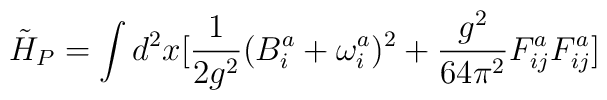
\tilde{H}_{P} = \int d^{2}x[\frac{1}{2g^{2}}(B^{a}_{i} +\omega^{a}_{i})^{2} + \frac{g^{2}}{64\pi^{2}} F^{a}_{ij} F^{a}_{ij}]